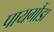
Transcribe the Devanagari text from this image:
पायगौंडा